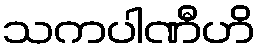
သကပါဏီဟိ